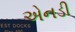
એનડી